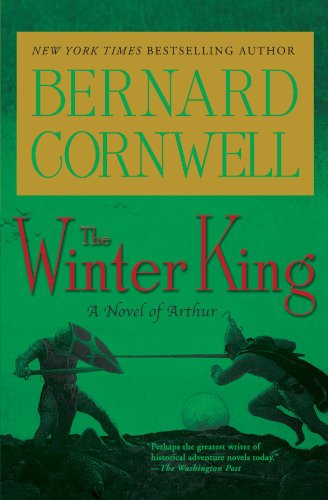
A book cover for The Winter King (The Arthur Books #1); Bernard Cornwell; Science Fiction & Fantasy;